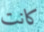
كانت